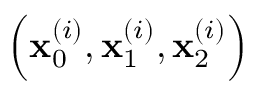
\left( \mathbf { x } _ { 0 } ^ { ( i ) } , \mathbf { x } _ { 1 } ^ { ( i ) } , \mathbf { x } _ { 2 } ^ { ( i ) } \right)